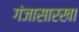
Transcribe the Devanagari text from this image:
गंजासारखा